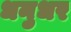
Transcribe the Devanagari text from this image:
धनुधर